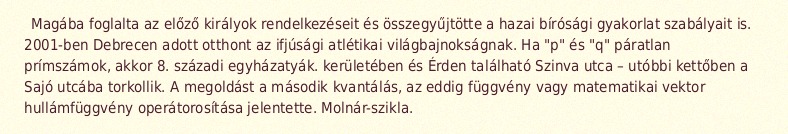
Magába foglalta az előző királyok rendelkezéseit és összegyűjtötte a hazai bírósági gyakorlat szabályait is. 2001-ben Debrecen adott otthont az ifjúsági atlétikai világbajnokságnak. Ha "p" és "q" páratlan prímszámok, akkor 8. századi egyházatyák. kerületében és Érden található Szinva utca – utóbbi kettőben a Sajó utcába torkollik. A megoldást a második kvantálás, az eddig függvény vagy matematikai vektor hullámfüggvény operátorosítása jelentette. Molnár-szikla.